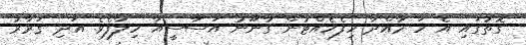
ގޮތުގައި އެ ހަ މާއްދާ ހިފެހެއްޓުން ގާނޫނު އަސާސީއާ ހިލާފެވެ. އަދި ގަރާރު